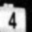
Digit: 4